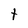
Character: t